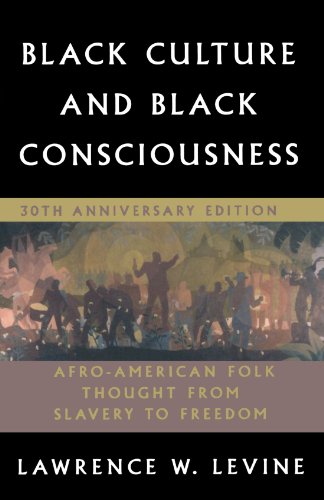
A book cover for Black Culture and Black Consciousness: Afro-American Folk Thought from Slavery to Freedom; Lawrence W. Levine; Literature & Fiction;